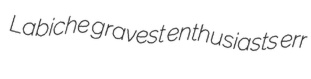
Labiche gravest enthusiasts err